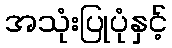
အသုံးပြုပုံနှင့်